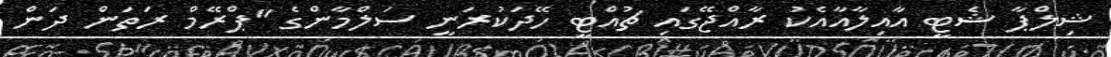
ޝިލްޕާ ޝެޓީ އާއިލާއާއެކު ރާއްޖޭގައި ޗުއްޓީ ހޭދަކުރަނީ ސަލްމާންގެ "ޕްރޭމް ރަތަން ދަން